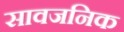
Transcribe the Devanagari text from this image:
सावजनिक